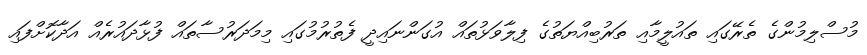
މުސްލިމުންގެ ތެރޭގައި ތައުލީމާއި ތަރުބިއްޔަތުގެ ފިލާވަޅުތައް އުގަންނައިދީ ފެތުރުމުގައި މިމަދަރުސާތައް ފުޅާދައުރެއް އަދާކޮށްފައި